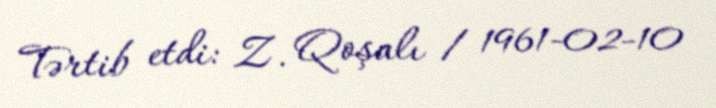
Tərtib etdi: Z. Qoşalı / 1961-02-10